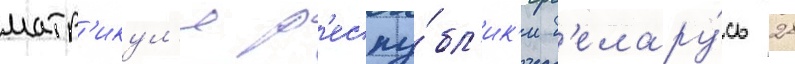
матр'икул'е р'еспу́бл'ик'и б'елару́сь 28